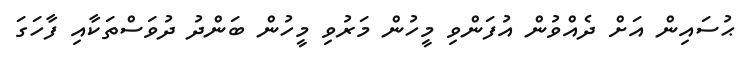
ޙުސައިން އަށް ދެއްވުން އުފަންވި މީހުން މަރުވި މީހުން ބަންދު ދުވަސްތަކާއި ފާހަގަ